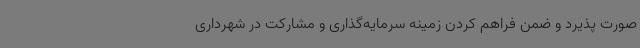
صورت پذیرد و ضمن فراهم کردن زمینه سرمایه‌گذاری و مشارکت در شهرداری